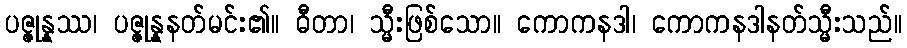
ပဇ္ဇုန္နဿ၊ ပဇ္ဇုန္နနတ်မင်း၏။ ဓီတာ၊ သ္မီးဖြစ်သော။ ကောကနဒါ၊ ကောကနဒါနတ်သ္မီးသည်။